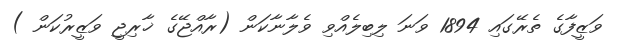
ވަޒީފާގެ ތެރޭގައި 1894 ވަނަ ލިބިލެއްވި ވެލާނާކަން (ރާއްޖޭގެ ޚާރިޖީ ވަޒީރުކަން )